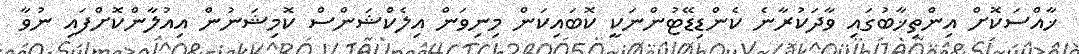
ޚާއްސަކޮށް އިންތިޚާބުގައި ވާދަކުރާނެ ކެންޑިޑޭޓުންނަކީ ކޮބައިކަން މިނިވަން އިލެކްޝަންސް ކޮމިޝަނުން އިއުލާންކޮށްފައި ނުވާ